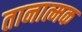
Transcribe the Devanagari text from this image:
तानात्मक